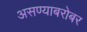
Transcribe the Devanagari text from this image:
असण्याबरोबर